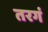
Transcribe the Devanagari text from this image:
तरगं